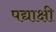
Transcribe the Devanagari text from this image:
पद्याक्षी